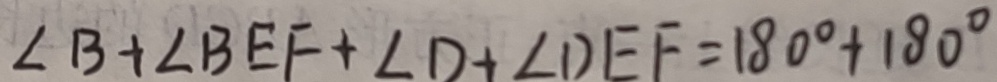
\angle B + \angle B E F + \angle D + \angle D E F = 1 8 0 ^ { \circ } + 1 8 0 ^ { \circ }